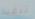
تنفيذ